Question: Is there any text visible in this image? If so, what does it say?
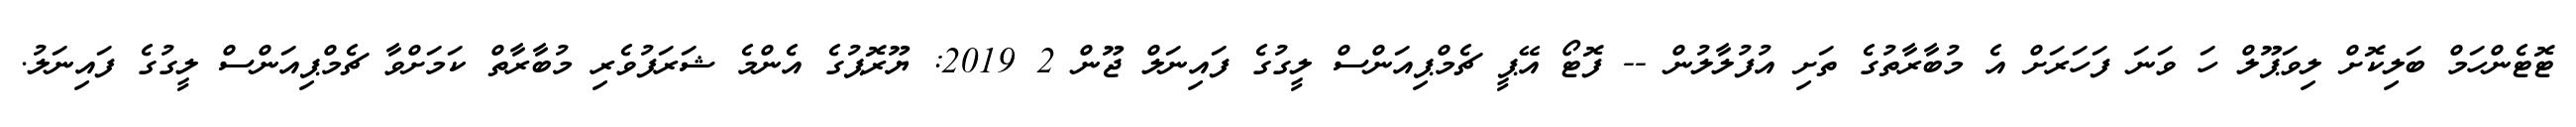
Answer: ޓޮޓެންހަމް ބަލިކޮށް ލިވަޕޫލް ހަ ވަނަ ފަހަރަށް އެ މުބާރާތުގެ ތަށި އުފުލާލުން -- ފޮޓޯ އޭޕީ ޗެމްޕިއަންސް ލީގުގެ ފައިނަލް ޖޫން 2 2019: ޔޫރޮޕުގެ އެންމެ ޝަރަފުވެރި މުބާރާތް ކަމަށްވާ ޗެމްޕިއަންސް ލީގުގެ ފައިނަލު.